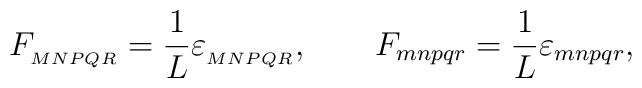
{F_{_{MNPQR}} = \frac{1}{L} \varepsilon_{_{MNPQR}}, \qquad  F_{mnpqr} = \frac{1}{L} \varepsilon_{mnpqr},}